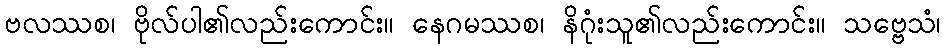
ဗလဿစ၊ ဗိုလ်ပါ၏လည်းကောင်း။ နေဂမဿစ၊ နိဂုံးသူ၏လည်းကောင်း။ သဗ္ဗေသံ၊